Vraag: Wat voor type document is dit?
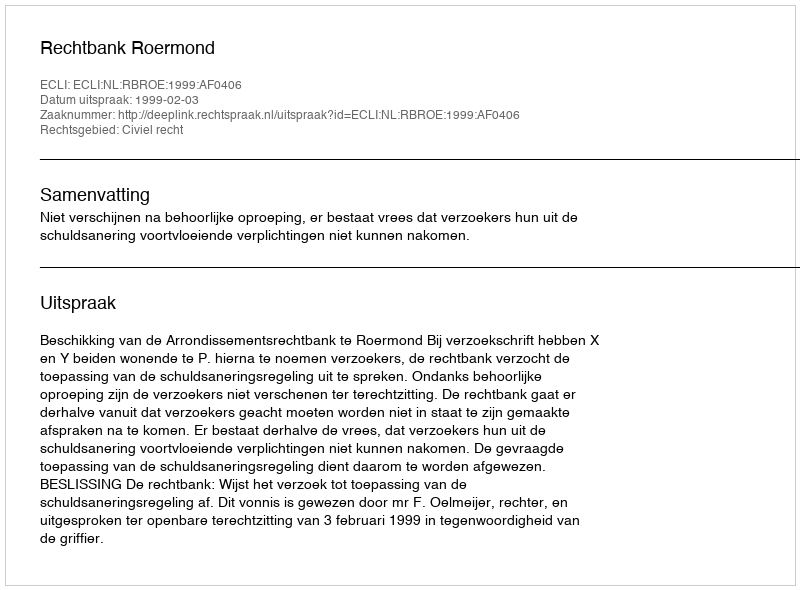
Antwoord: Uitspraak